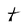
Character: t